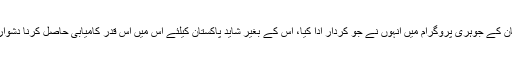
پاکستان کے جوہری پروگرام میں اُنہوں نے جو کردار ادا کیا، اُس کے بغیر شاید پاکستان کیلئے اس میں اس قدر کامیابی حاصل کرنا دشوار ہوتا۔